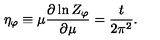
\eta _ { \varphi } \equiv \mu \frac { \partial \ln Z _ { \varphi } } { \partial \mu } = \frac { t } { 2 \pi ^ { 2 } } .